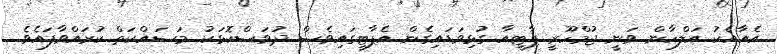
އެއާއެކު އަލްހާން ވަނީ ޖުމްހޫރީ ޕާޓީއާ ގުޅިވަޑައިގެން އެޕާޓީގައިވެސް ދުވަސްކޮޅަކު މަސައްކަތް ކުރައްވާފައެވެ.